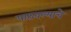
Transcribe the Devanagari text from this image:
पाठवल्याचे